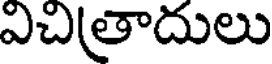
విచితాదులు